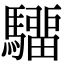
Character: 驑